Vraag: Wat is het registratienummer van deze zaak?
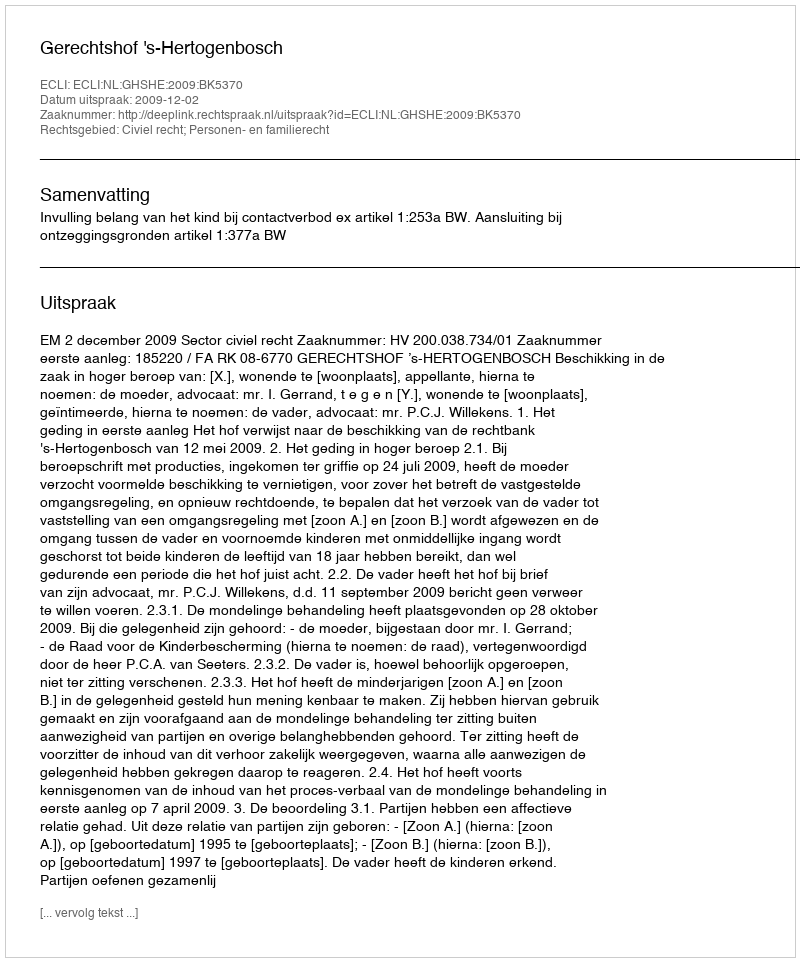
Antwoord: http://deeplink.rechtspraak.nl/uitspraak?id=ECLI:NL:GHSHE:2009:BK5370